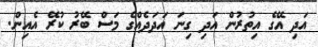
އަދި އޭގެ އިތުރުން އަދި ގިނަ އަދަދެއްގެ މަސް ބޭރު ކުރޭ އެއިން.